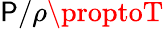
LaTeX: \mathsf{P}/\rho\proptoT